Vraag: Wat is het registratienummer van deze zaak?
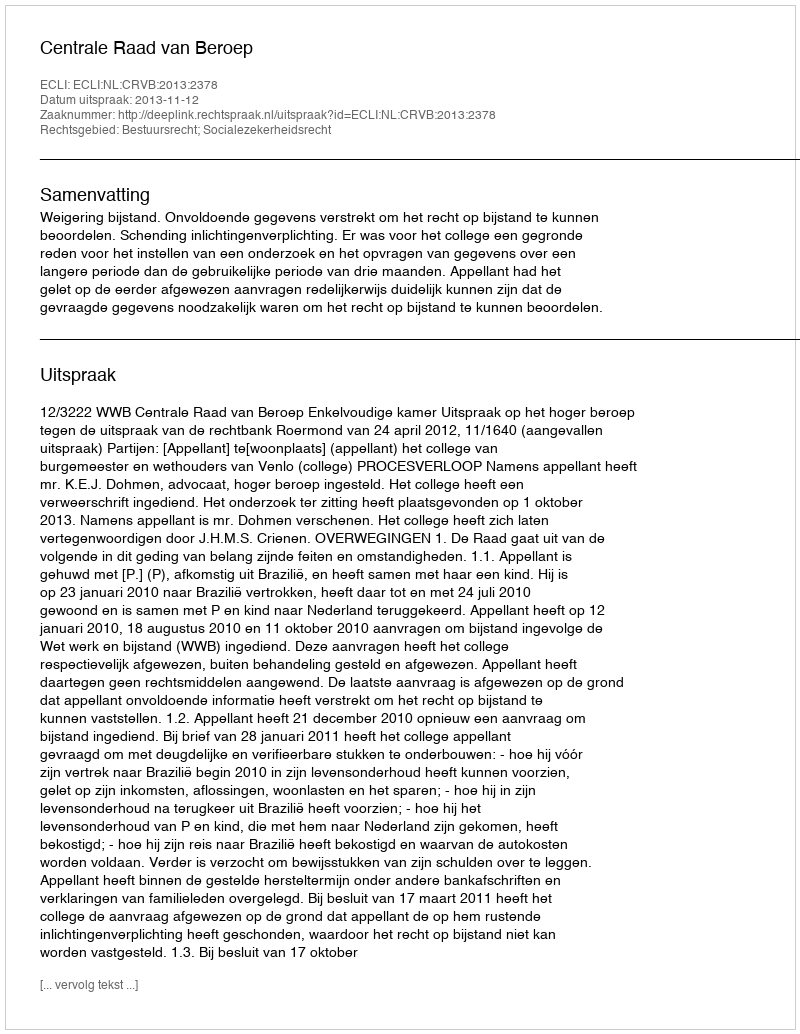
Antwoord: http://deeplink.rechtspraak.nl/uitspraak?id=ECLI:NL:CRVB:2013:2378